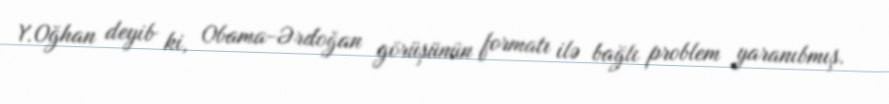
Y.Oğhan deyib ki, Obama-Ərdoğan görüşünün formatı ilə bağlı problem yaranıbmış.